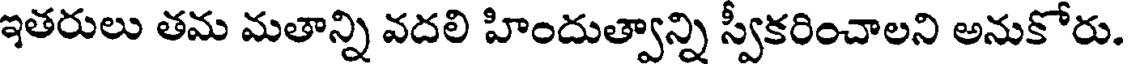
ఇతరులు తమ మతాన్ని వదలి హిందుత్వాన్ని స్వీకరించాలని అనుకోరు.